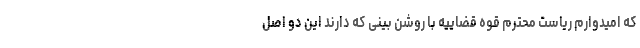
که امیدوارم ریاست محترم قوه قضاییه با روشن بینی که دارند این دو اصل